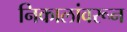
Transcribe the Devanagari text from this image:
निकालांवरून